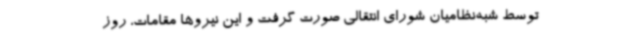
توسط شبه‌نظامیان شورای انتقالی صورت گرفت و این نیروها مقامات، روز